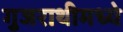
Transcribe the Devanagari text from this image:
गुजराथीमध्ये